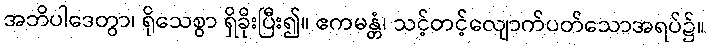
အဘိပါဒေတွာ၊ ရိုသေစွာ ရှိခိုးပြီး၍။ ဧကမန္တံ၊ သင့်တင့်လျောက်ပတ်သောအရပ်၌။